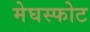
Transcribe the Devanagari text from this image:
मेघस्फोट